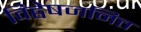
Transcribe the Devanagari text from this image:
विद्वेषजनित